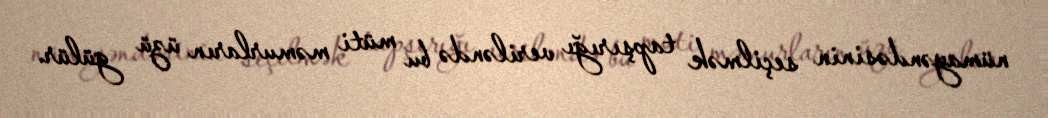
nümayəndəsinin seçilmək tapşırığı veriləndə bu müti məmurların üzü gülür.